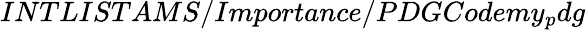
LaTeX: INTLISTAMS/Importance/PDGCodemy_{p}dg